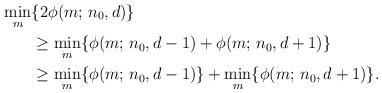
LaTeX: \begin{align*}\min_{m}&\{2\phi(m;\, n_0, d)\}\\&\geq \min_{m}\{\phi(m;\, n_0, d-1)+\phi(m;\, n_0, d+1)\}\\&\geq \min_{m}\{\phi(m;\, n_0, d-1)\}+\min_{m}\{\phi(m;\, n_0, d+1)\}.\end{align*}